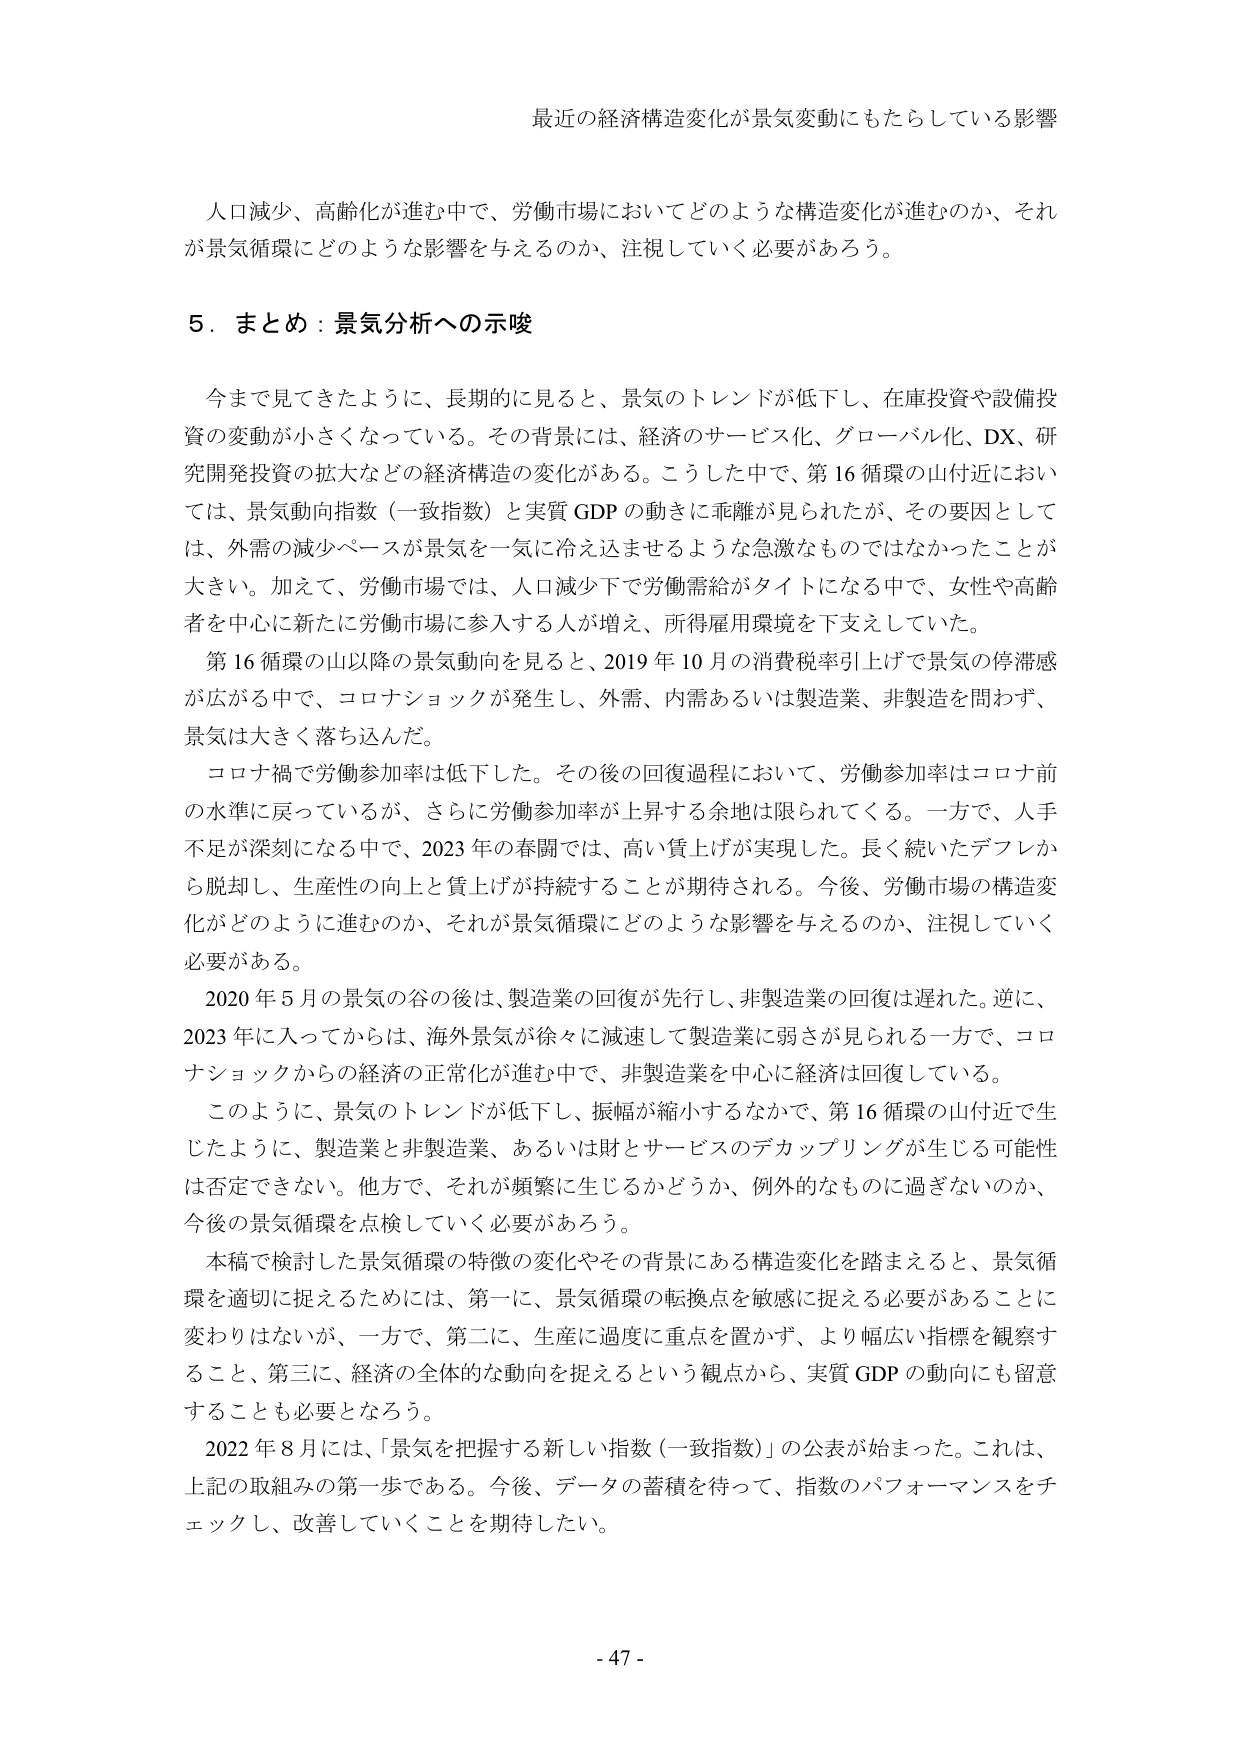
最近の経済構造変化が景気変動にもたらしている影響

人口減少、高齢化が進む中で、労働市場においてどのような構造変化が進むのか、それが景気循環にどのような影響を与えるのか、注視していく必要があろう。

５．まとめ：景気分析への示唆

今まで見てきたように、長期的に見ると、景気のトレンドが低下し、在庫投資や設備投資の変動が小さくなっている。その背景には、経済のサービス化、グローバル化、DX、研究開発投資の拡大などの経済構造の変化がある。こうした中で、第16循環の山付近においては、景気動向指数（一致指数）と実質GDPの動きに乖離が見られたが、その要因としては、外需の減少ペースが景気を一気に冷え込ませるような急激なものではなかったことが大きい。加えて、労働市場では、人口減少下で労働需給がタイトになる中で、女性や高齢者を中心に新たに労働市場に参入する人が増え、所得雇用環境を下支えしていた。

第16循環の山以降の景気動向を見ると、2019年10月の消費税率引上げで景気の停滞感が広がる中で、コロナショックが発生し、外需、内需あるいは製造業、非製造を問わず、景気は大きく落ち込んだ。

コロナ禍で労働参加率は低下した。その後の回復過程において、労働参加率はコロナ前の水準に戻っているが、さらに労働参加率が上昇する余地は限られてくる。一方で、人手不足が深刻になる中で、2023年の春闘では、高い賃上げが実現した。長く続いたデフレから脱却し、生産性の向上と賃上げが持続することが期待される。今後、労働市場の構造変化がどのように進むのか、それが景気循環にどのような影響を与えるのか、注視していく必要がある。

2020年5月の景気の谷の後は、製造業の回復が先行し、非製造業の回復は遅れた。逆に、2023年に入ってからは、海外景気が徐々に減速して製造業に弱さが見られる一方で、コロナショックからの経済の正常化が進む中で、非製造業を中心に経済は回復している。

このように、景気のトレンドが低下し、振幅が縮小するなかで、第16循環の山付近で生じたように、製造業と非製造業、あるいは財とサービスのデカップリングが生じる可能性は否定できない。他方で、それが頻繁に生じるかどうか、例外的なものに過ぎないのか、今後の景気循環を点検していく必要があろう。

本稿で検討した景気循環の特徴の変化やその背景にある構造変化を踏まえると、景気循環を適切に捉えるためには、第一に、景気循環の転換点を敏感に捉える必要があることに変わりはないが、一方で、第二に、生産に過度に重点を置かず、より幅広い指標を観察すること、第三に、経済の全体的な動向を捉えるという観点から、実質GDPの動向にも留意することも必要となろう。

2022年8月には、「景気を把握する新しい指数（一致指数）」の公表が始まった。これは、上記の取組みの第一歩である。今後、データの蓄積を待って、指数のパフォーマンスをチェックし、改善していくことを期待したい。

- 47 -